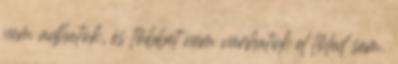
nem adhatok, és többet nem várhatok el tőled sem.